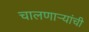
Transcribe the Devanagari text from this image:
चालणाऱ्यांची